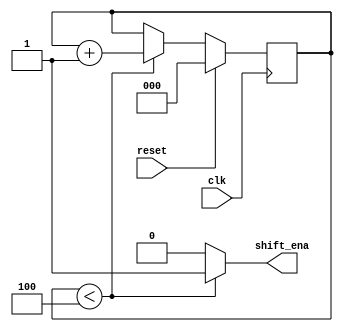
module top_module (
    input clk,
    input reset,      // Synchronous reset
    output shift_ena);
    
    reg [2:0] counter;
    
    always @(posedge clk) begin
        if (reset) counter <=0;
        else begin
            if (counter < 3'd4) begin
                counter <= counter + 1'b1;
            end
            else counter <= counter;
        end
    end
    
    assign shift_ena = (counter < 3'd4)?1'b1:1'b0;

endmodule